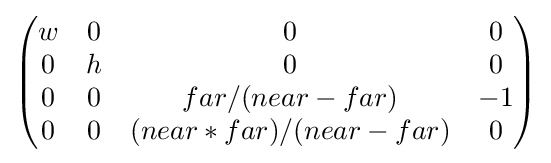
{\begin{pmatrix}w&0&0&0\\0&h&0&0\\0&0&{far}/({near-far})&-1\\0&0&({near}*{far})/({near}-{far})&0\end{pmatrix}}